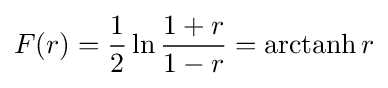
F(r)={\frac {1}{2}}\ln {\frac {1+r}{1-r}}=\operatorname {arctanh} r